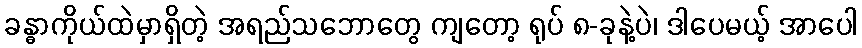
ခန္ဓာကိုယ်ထဲမှာရှိတဲ့ အရည်သဘောတွေ ကျတော့ ရုပ် ၈-ခုနဲ့ပဲ၊ ဒါပေမယ့် အာပေါ